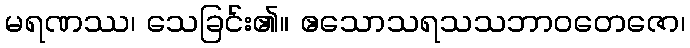
မရဏဿ၊ သေခြင်း၏။ ဧသောသရသသဘာဝတေဇော၊